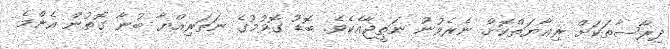
ދިރާސާތަކަށް ރިޢާޔަތްކޮށް ނެރެވުނު ނަތީޖާއެކެވެ. ބޮޑު ގޮވުމުގެ ނަޡަރިއްޔާ ބުނާ ގޮތުން އެންމެ